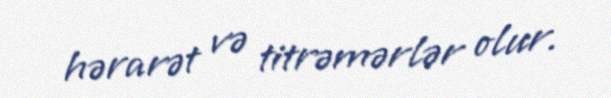
hərarət və titrəmərlər olur.